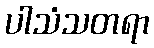
ပါသံသတရာ